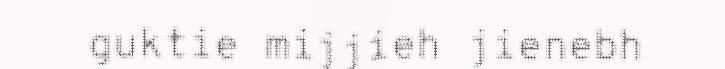
guktie mijjieh jienebh